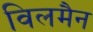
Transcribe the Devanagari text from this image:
विलमैन